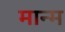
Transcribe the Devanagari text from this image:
मान्म